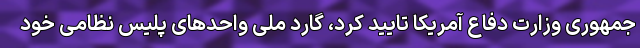
جمهوری وزارت دفاع آمریکا تایید کرد، گارد ملی واحدهای پلیس نظامی خود